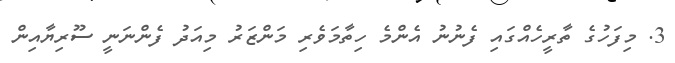
3. މިފަހުގެ ތާރީހެއްގައި ފެނުނު އެންމެ ހިތާމަވެރި މަންޒަރު މިއަދު ފެންނަނީ ސޫރިޔާއިން